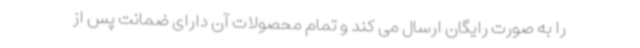
را به صورت رایگان ارسال می کند و تمام محصولات آن دارای ضمانت پس از